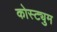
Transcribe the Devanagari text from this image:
कोस्ट्युम